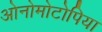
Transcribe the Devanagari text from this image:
ओनोमोटोपिया